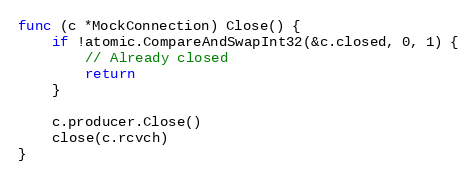
Language: Go
func (c *MockConnection) Close() {
	if !atomic.CompareAndSwapInt32(&c.closed, 0, 1) {
		// Already closed
		return
	}

	c.producer.Close()
	close(c.rcvch)
}